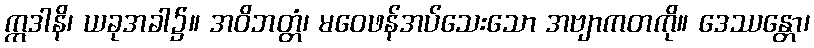
ဣဒါနိ၊ ယခုအခါ၌။ အဝိဘတ္တံ၊ မဝေဖန်အပ်သေးသော အဗျာကတကို။ ဒေဿန္တော၊